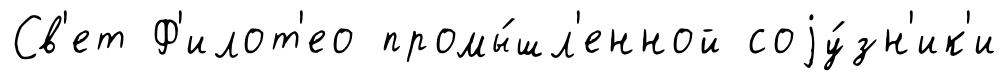
Св'ет Ф'илот'ео промы́шл'енной соjу́зн'ик'и